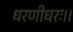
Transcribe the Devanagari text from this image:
धरणीधरः।।